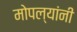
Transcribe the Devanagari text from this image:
मोपल्यांनी